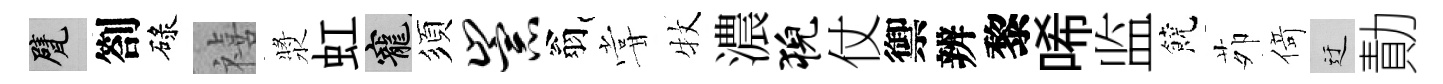
甓劄碌禧漿虹寵須崇翁甞牧濃猊仗禦辨黎唏监饒茆𠋣迂勣